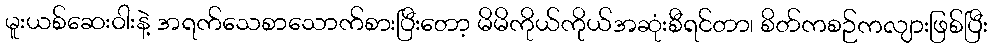
မူးယစ်ဆေးဝါးနဲ့ အရက်သေစာသောက်စားပြီးတော့ မိမိကိုယ်ကိုယ်အဆုံးစီရင်တာ၊ စိတ်ကစဉ်ကလျားဖြစ်ပြီး